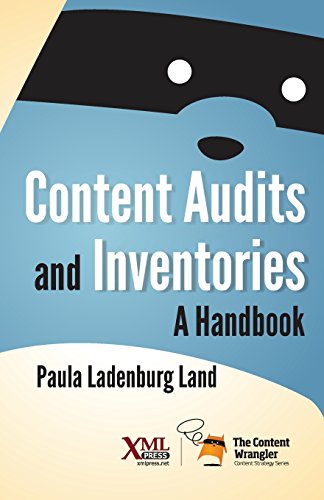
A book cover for Content Audits and Inventories: A Handbook; Paula Ladenburg Land; Computers & Technology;